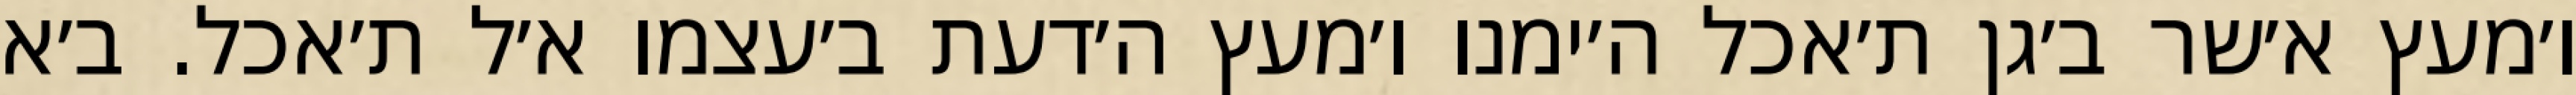
ו׳מעץ א׳שר ב׳גן ת׳אכל ה׳ימנו ו׳מעץ ה׳דעת ב׳עצמו א׳ל ת׳אכל. ב׳א